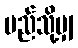
မည်သို့မျှ